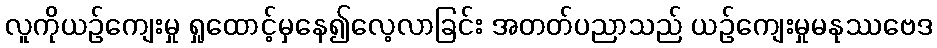
လူကိုယဉ်ကျေးမှု ရှုထောင့်မှနေ၍လေ့လာခြင်း အတတ်ပညာသည် ယဉ်ကျေးမှုမနုဿဗေဒ